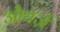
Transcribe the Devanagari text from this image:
औथर्ज़